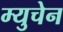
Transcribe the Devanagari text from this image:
म्युचेन